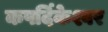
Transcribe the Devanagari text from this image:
कपर्दिकेश्वर